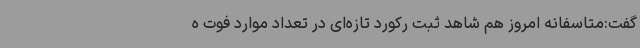
گفت:متاسفانه امروز هم شاهد ثبت رکورد تازه‌ای در تعداد موارد فوت ه